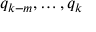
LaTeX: q _ { k - m } , \ldots , q _ { k }